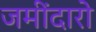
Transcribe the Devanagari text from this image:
जमींदारो